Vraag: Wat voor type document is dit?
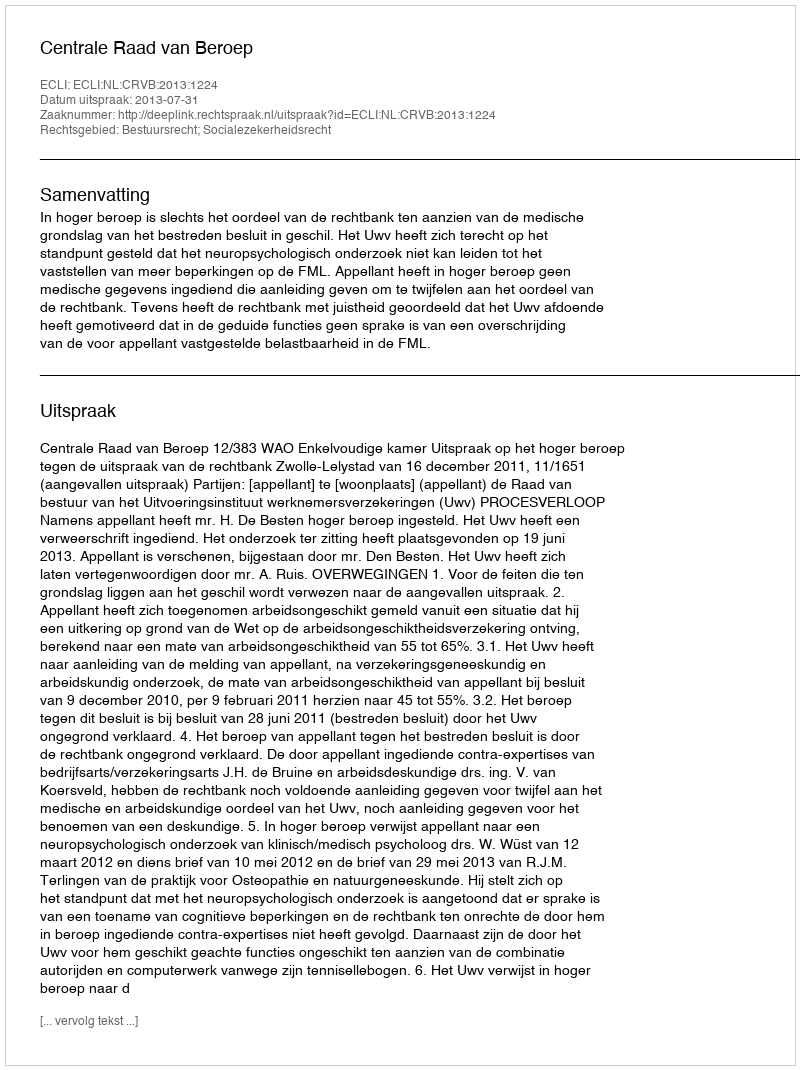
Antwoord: Uitspraak